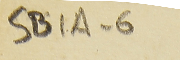
SB1A-6